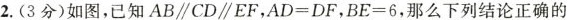
2.(3分)如图,已知AB\parallel CD\parallel EF,$$A D = D F$$, $$B E = 6$$,那么下列结论正确的